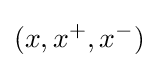
(x,x^{+},x^{-})